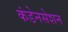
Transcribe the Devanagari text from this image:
कंडेनसेशन